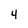
Character: 4